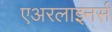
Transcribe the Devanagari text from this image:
एअरलाइनर्स